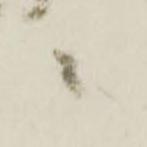
ニ